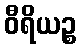
ဝီရိယဉ္စ